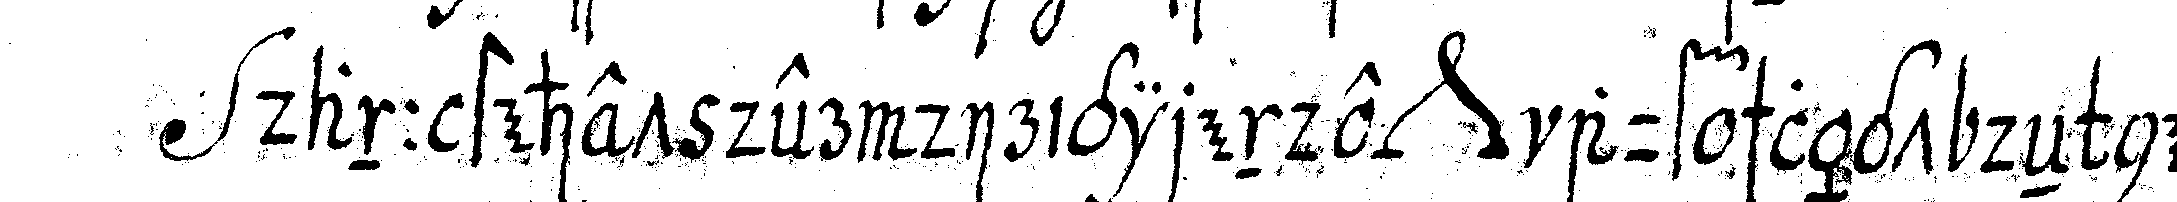
dann stehet der dirigirende *nee* auf schlägt deN neueN